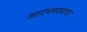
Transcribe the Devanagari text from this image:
आरंभस्वराचा